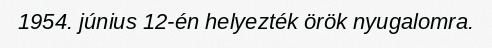
1954. június 12-én helyezték örök nyugalomra.